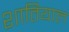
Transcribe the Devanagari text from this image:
शातियाल